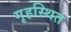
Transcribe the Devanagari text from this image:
गृहस्थित